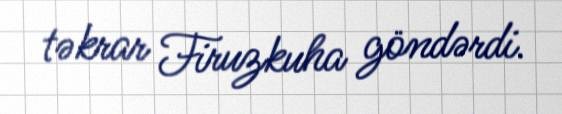
təkrar Firuzkuha göndərdi.